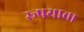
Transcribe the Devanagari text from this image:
रूपयाचा